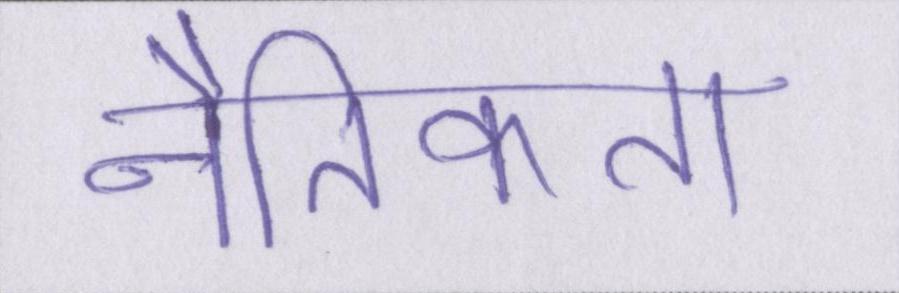
नैतिकता